Report of the Indian Hemp Drugs Commission, 1894-1895 - Volume VI
Year: 1894
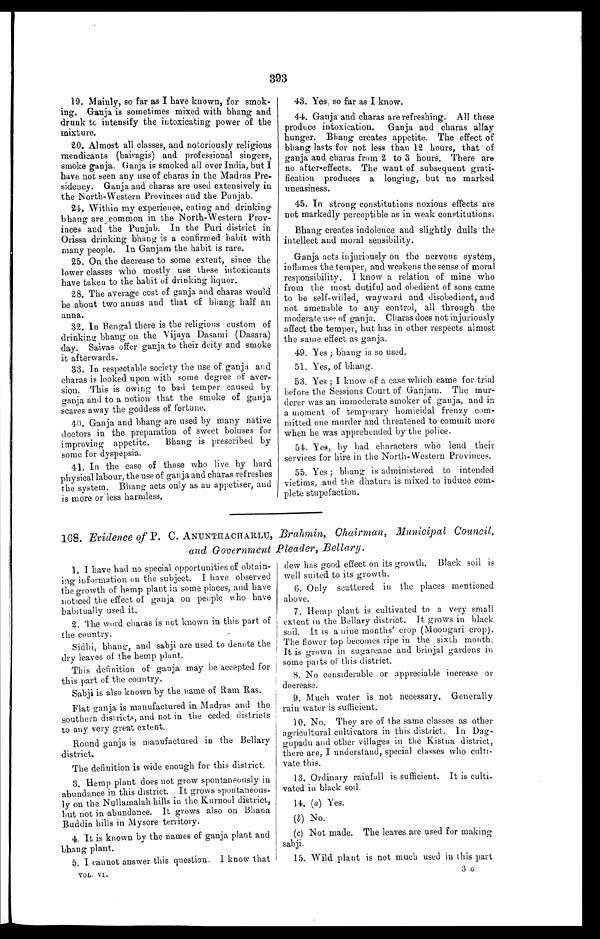
393
19. Mainly, so far as I have known, for smok-
ing. Ganja is sometimes mixed with bhang and
drunk to intensify the intoxicating power of the
mixture.
20. Almost all classes, and notoriously religious
mendicants (bairagis) and professional singers,
smoke ganja. Ganja is smoked all over India, but I
have not seen any use of charas in the Madras Pre-
sidency. Ganja and charas are used extensively in
the North-Western Provinces and the Punjab.
24. Within my experience, eating and drinking
bhang are common in the North-Western Prov-
inces and the Punjab. In the Puri district in
Orissa drinking bhang is a confirmed habit with
many people. In Ganjam the habit is rare.
25. On the decrease to some extent, since the
lower classes who mostly use these intoxicants
have taken to the habit of drinking liquor.
28. The average cost of ganja and charas would
be about two annas and that of bhang half an
anna.
32. In Bengal there is the religious custom of
drinking bhang on the Vijaya Dasami (Dasara)
day. Saivas offer ganja to their deity and smoke
it afterwards.
33. In respectable society the use of ganja and
charas is looked upon with some degree of aver-
sion. This is owing to bad temper caused by
ganja and to a notion that the smoke of ganja
scares away the goddess of fortune.
40. Ganja and bhang are used by many native
doctors in the preparation of sweet boluses for
improving appetite. Bhang is prescribed by
some for dyspepsia.
41. In the case of those who live by hard
physical labour, the use of ganja and charas refreshes
the system. Bhang acts only as an appetiser, and
is more or less harmless.
43. Yes, so far as I know.
44. Ganja and charas are refreshing. All these
produce intoxication. Ganja and charas allay
hunger. Bhang creates appetite. The effect of
bhang lasts for not less than 12 hours, that of
ganja and charas from 2 to 3 hours. There are
no after-effects. The want of subsequent grati-
fication produces a longing, but no marked
uneasiness.
45. In strong constitutions noxious effects are
not markedly perceptible as in weak constitutions.
Bhang creates indolence and slightly dulls the
intellect and moral sensibility.
Ganja acts injuriously on the nervous system,
inflames the temper, and weakens the sense of moral
responsibility. I know a relation of mine who
from the most dutiful and obedient of sons came
to be self-willed, wayward and disobedient, and
not amenable to any control, all through the
moderate use of ganja. Charas does not injuriously
affect the temper, but has in other respects almost
the same effect as ganja.
49. Yes ; bhang is so used.
51. Yes, of bhang.
53. Yes ; I know of a case which came for trial
before the Sessions Court of Ganjam. The mur-
derer was an immoderate smoker of ganja, and in
a moment of temporary homicidal frenzy com-
mitted one murder and threatened to commit more
when he was apprehended by the police.
54. Yes, by bad characters who lend their
services for hire in the North-Western Provinces.
55. Yes ; bhang is administered to intended
victims, and the dhatura is mixed to induce com-
plete stupefaction.
168. Evidence of P. C. ANUNTHACHARLU, Brahmin, Chairman, Municipal Council,
and Government Pleader, Bellary.
1. I have had no special opportunities of obtain-
ing information on the subject. I have observed
the growth of hemp plant in some places, and have
noticed the effect of ganja on people who have
habitually used it.
2. The word charas is not known in this part of
the country.
Sidhi, bhang, and sabji are used to denote the
dry leaves of the hemp plant.
This definition of ganja may be accepted for
this part of the country.
Sabji is also known by the name of Ram Ras.
Flat ganja is manufactured in Madras and the
southern districts, and not in the ceded districts
to any very great extent.
Round ganja is manufactured in the Bellary
district.
The definition is wide enough for this district.
3. Hemp plant does not grow spontaneously in
abundance in this district. It grows spontaneous-
ly on the Nullamalah hills in the Kurnool district,
but not in abundance. It grows also on Bhana
Buddin hills in Mysore territory.
4. It is known by the names of ganja plant and
bhang plant.
5. I cannot answer this question. I know that
VOL. VI.
dew has good effect on its growth. Black soil is
well suited to its growth.
6. Only scattered in the places mentioned
above.
7. Hemp plant is cultivated to a very small
extent in the Bellary district. It grows in black
soil. It is a nine months' crop (Moongari crop).
The flower top becomes ripe in the sixth month.
It is grown in sugarcane and brinjal gardens in
some parts of this district.
8. No considerable or appreciable increase or
decrease.
9. Much water is not necessary. Generally
rain water is sufficient.
10. No. They are of the same classes as other
agricultural cultivators in this district. In Dag-
gupadu and other villages in the Kistna district,
there are, I understand, special classes who culti-
vate this.
13. Ordinary rainfall is sufficient. It is culti-
vated in black soil.
14. ( a ) Yes.
(b) No.
(c) Not made. The leaves are used for making
sabji.
15. Wild plant is not much used in this part
3 C